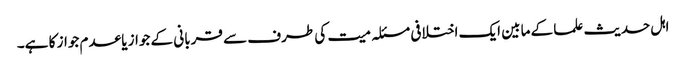
اہل حدیث علما کے مابین ایک اختلافی مسئلہ میت کی طرف سے قربانی کے جواز یا عدم جواز کا ہے۔